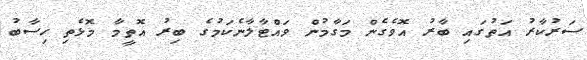
ސަރުކާރު އަތުގައި ބާރު އޮވެގެން މަގާމުން ވައްޓާލާނެކަމުގެ ބިރު އޮތީމާ މޮޅެތި ހިސާބު